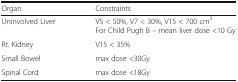
| Organ | Constraints |
 | --- | --- |
 | Uninvolved Liver | V5 < 50%, V7 < 30%, V15 < 700 cm3For Child Pugh B – mean liver dose <10 Gy |
 | Rt. Kidney | V15 < 35% |
 | Small Bowel | max dose <30Gy |
 | Spinal Cord | max dose <18Gy |